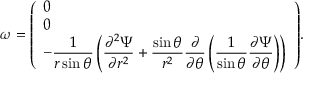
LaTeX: { \boldsymbol { \omega } } = { \left( \begin{array} { l } { 0 } \\ { 0 } \\ { \displaystyle - { \frac { 1 } { r \sin \theta } } \left( { \frac { \partial ^ { 2 } \Psi } { \partial r ^ { 2 } } } + { \frac { \sin \theta } { r ^ { 2 } } } { \frac { \partial } { \partial \theta } } \left( { \frac { 1 } { \sin \theta } } { \frac { \partial \Psi } { \partial \theta } } \right) \right) } \end{array} \right) } .